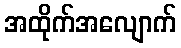
အထိုက်အလျောက်